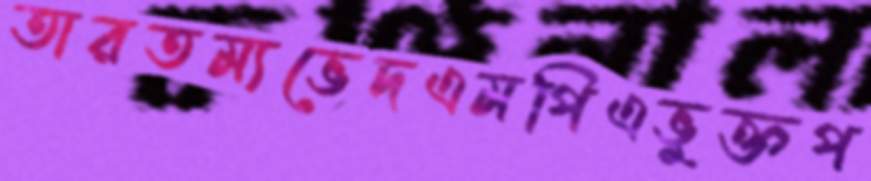
তারতম্যভেদএমপিএভুক্তপ